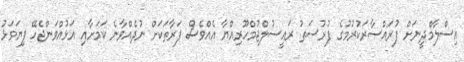
އިސްލާމްދީނަށް ފުރައްސާރަކުރުމުގެ ފުރުސަތު ރައީސުލްޖުމްހޫރިއްޔާ އެއްވެސް ފަރާތަކަށް ނުދެއްވާނެ ކަމަށާއި އަޅުއްވަންޖެހޭ ފިޔަވަޅު